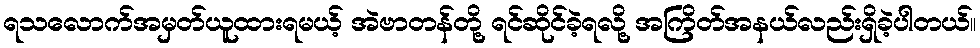
ရသလောက်အမှတ်ယူထားရမယ့် အဲဗာတန်တို့ ရင်ဆိုင်ခဲ့ရလို့ အကြိတ်အနယ်လည်းရှိခဲ့ပါတယ်။